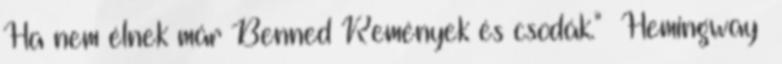
Ha nem élnek már Benned Remények és csodák." Hemingway